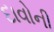
દાવોની